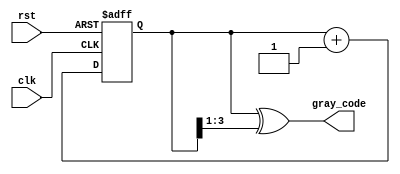
module gray_code_counter (
    input wire clk,
    input wire rst,
    output reg [n-1:0] gray_code
);

parameter n = 4; // number of bits in Gray Code Counter

reg [n-1:0] current_state;
reg [n-1:0] next_state;

always @(posedge clk or posedge rst) begin
    if (rst) begin
        current_state <= 0;
    end else begin
        current_state <= next_state;
    end
end

always @(*) begin
    // Combinational logic to determine next state based on current state
    next_state = current_state + 1;
end

// Gray code conversion logic
always @(*) begin
    gray_code = current_state ^ (current_state >> 1);
end

endmodule